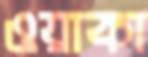
ওয়াকা